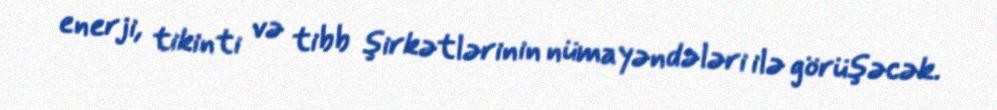
enerji, tikinti və tibb şirkətlərinin nümayəndələri ilə görüşəcək.